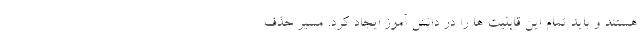
هستند و باید تمام این قابلیت ها را در دانش آموز ایجاد کرد. مسیر حذف